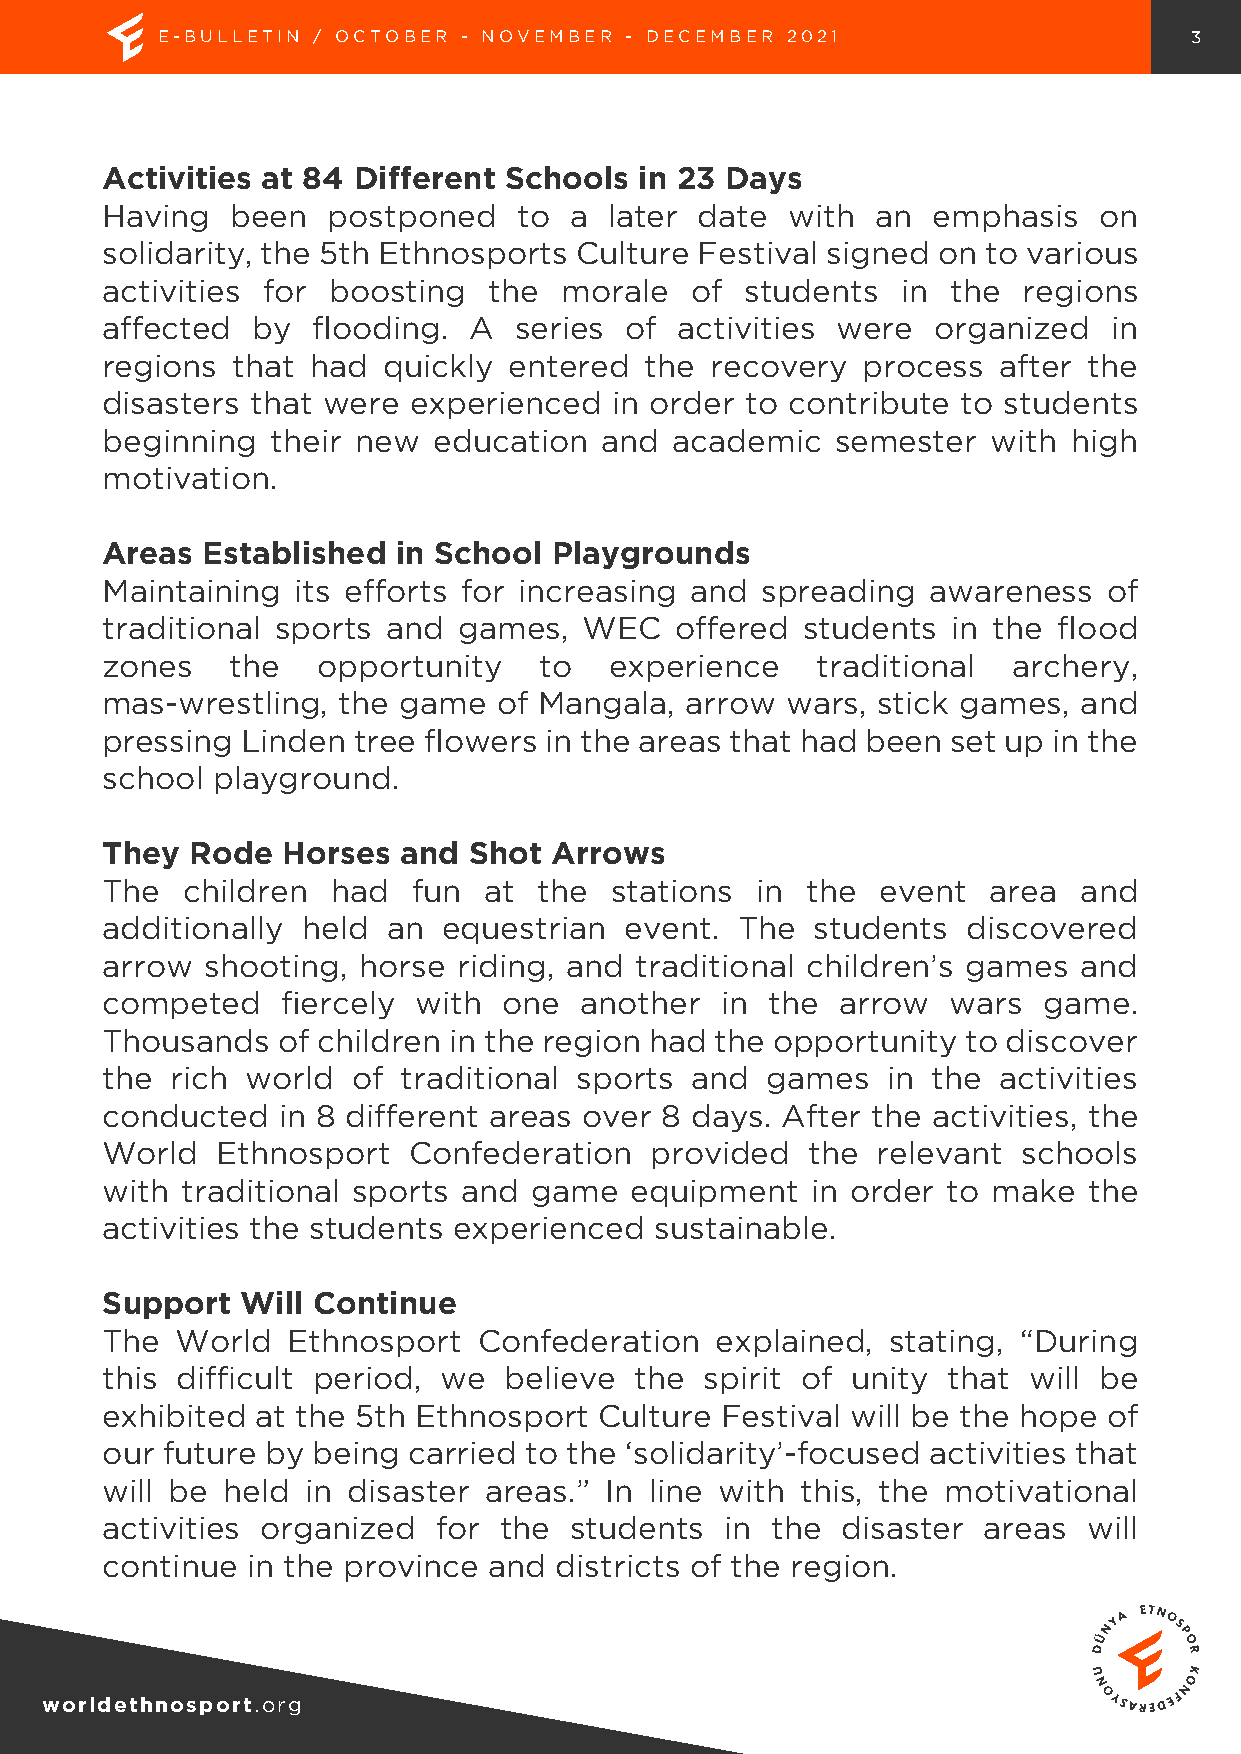
E-BULLETIN / OCTOBER - NOVEMBER - DECEMBER 2021                      3
 Activities at 84 Different Schools in 23 Days
 Having  been   postponed   to  a later date  with  an  emphasis   on
 solidarity, the 5th Ethnosports Culture Festival signed on to various
 activities for boosting  the  morale   of students   in the  regions
 affected  by  flooding. A  series of  activities were  organized   in
 regions that  had quickly  entered  the recovery  process  after the
 disasters that were experienced   in order to contribute to students
 beginning  their new  education  and  academic  semester   with high
 motivation.
 Areas Established  in School  Playgrounds
 Maintaining  its efforts for increasing and spreading  awareness  of
 traditional sports and games,   WEC   offered students  in the flood
 zones   the   opportunity    to  experience    traditional  archery,
 mas-wrestling, the game   of Mangala, arrow  wars, stick games, and
 pressing Linden tree flowers in the areas that had been set up in the
 school playground.
 They  Rode  Horses and  Shot Arrows
 The  children  had  fun  at  the stations  in the  event   area and
 additionally held  an equestrian  event.  The  students  discovered
 arrow  shooting, horse riding, and traditional children’s games and
 competed    fiercely with one  another   in the  arrow  wars  game.
 Thousands  of children in the region had the opportunity to discover
 the rich world  of  traditional sports and  games   in the activities
 conducted  in 8 different areas over 8 days. After the activities, the
 World  Ethnosport   Confederation   provided   the relevant  schools
 with traditional sports and game   equipment   in order to make  the
 activities the students experienced sustainable.
 Support  Will Continue
 The  World  Ethnosport   Confederation  explained,  stating, “During
 this difficult period, we believe  the  spirit of unity that will be
 exhibited at the 5th Ethnosport  Culture Festival will be the hope of
 our future by being carried to the ‘solidarity’-focused activities that
 will be held in disaster areas.” In line with this, the motivational
 activities organized  for the  students  in the  disaster areas  will
 continue in the province and  districts of the region.
 worldethnosport.org